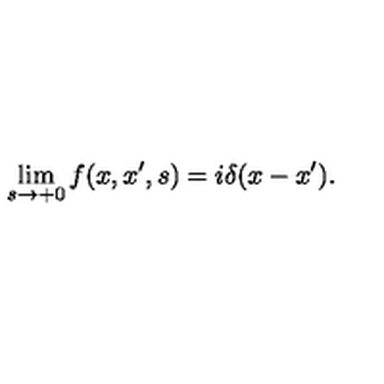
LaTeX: \lim _ { s \rightarrow + 0 } f ( x , x ^ { \prime } , s ) = i \delta ( x - x ^ { \prime } ) .